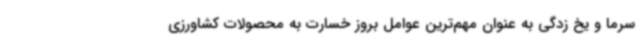
سرما و یخ زدگی به عنوان مهم‌ترین عوامل بروز خسارت به محصولات کشاورزی